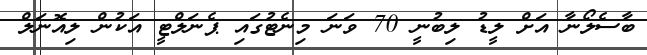
ބާސެލޯނާ އަށް ލީޑު ލިބުނީ 70 ވަނަ މިނެޓުގައި ޕެނަލްޓީ އަކުން ލިއޮނަލް